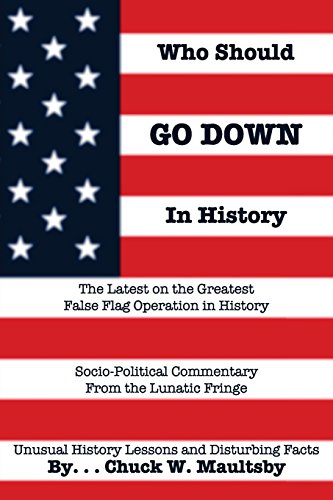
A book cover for Who Should Go Down in History: The Latest and Greatest False Flag Operation in History; Chuck W. Maultsby; Biographies & Memoirs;